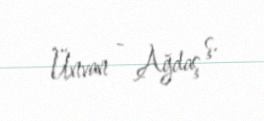
Ünvan - Ağdaş ş.